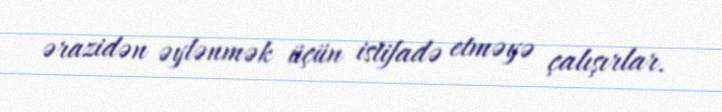
ərazidən əylənmək üçün istifadə etməyə çalışırlar.